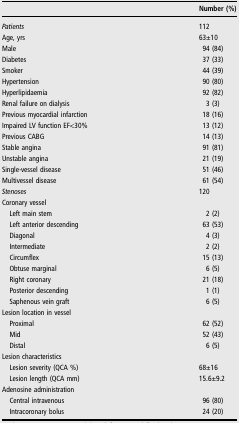
<table><thead><tr><td></td><td><b>Number (%)</b></td></tr></thead><tbody><tr><td><i>Patients</i></td><td>112</td></tr><tr><td>Age, yrs</td><td>63±10</td></tr><tr><td>Male</td><td>94 (84)</td></tr><tr><td>Diabetes</td><td>37 (33)</td></tr><tr><td>Smoker</td><td>44 (39)</td></tr><tr><td>Hypertension</td><td>90 (80)</td></tr><tr><td>Hyperlipidaemia</td><td>92 (82)</td></tr><tr><td>Renal failure on dialysis</td><td>3 (3)</td></tr><tr><td>Previous myocardial infarction</td><td>18 (16)</td></tr><tr><td>Impaired LV function EF&lt;30%</td><td>13 (12)</td></tr><tr><td>Previous CABG</td><td>14 (13)</td></tr><tr><td>Stable angina</td><td>91 (81)</td></tr><tr><td>Unstable angina</td><td>21 (19)</td></tr><tr><td>Single-vessel disease</td><td>51 (46)</td></tr><tr><td>Multivessel disease</td><td>61 (54)</td></tr><tr><td><i>Stenoses</i></td><td>120</td></tr><tr><td colspan="2">Coronary vessel</td></tr><tr><td> Left main stem</td><td>2 (2)</td></tr><tr><td> Left anterior descending</td><td>63 (53)</td></tr><tr><td> Diagonal</td><td>4 (3)</td></tr><tr><td> Intermediate</td><td>2 (2)</td></tr><tr><td> Circumflex</td><td>15 (13)</td></tr><tr><td> Obtuse marginal</td><td>6 (5)</td></tr><tr><td> Right coronary</td><td>21 (18)</td></tr><tr><td> Posterior descending</td><td>1 (1)</td></tr><tr><td> Saphenous vein graft</td><td>6 (5)</td></tr><tr><td colspan="2">Lesion location in vessel</td></tr><tr><td> Proximal</td><td>62 (52)</td></tr><tr><td> Mid</td><td>52 (43)</td></tr><tr><td> Distal</td><td>6 (5)</td></tr><tr><td colspan="2">Lesion characteristics</td></tr><tr><td> Lesion severity (QCA %)</td><td>68±16</td></tr><tr><td> Lesion length (QCA mm)</td><td>15.6±9.2</td></tr><tr><td colspan="2">Adenosine administration</td></tr><tr><td> Central intravenous</td><td>96 (80)</td></tr><tr><td> Intracoronary bolus</td><td>24 (20)</td></tr></tbody></table>